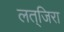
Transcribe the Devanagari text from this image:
लत्‌जिरा